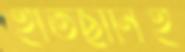
হাতছানিই